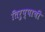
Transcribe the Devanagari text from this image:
तिरुप्पाची